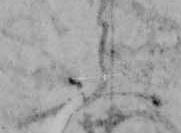
ふ